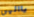
ياالهي